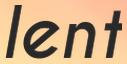
lent